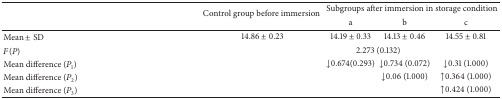
<table><thead><tr><td>[EMPTY_CELL]</td><td rowspan="2"><b>Control group before immersion </b></td><td colspan="3"><b>Subgroups after immersion in storage condition </b></td></tr><tr><td>[EMPTY_CELL]</td><td><b> a</b></td><td><b> b</b></td><td><b> c</b></td></tr></thead><tbody><tr><td>Mean ± SD</td><td>14.86 ± 0.23</td><td>14.19 ± 0.33</td><td>14.13 ± 0.46</td><td>14.55 ± 0.81</td></tr><tr><td><i>F</i>(<i>P</i>)</td><td>[EMPTY_CELL]</td><td colspan="2">2.273 (0.132)</td><td>[EMPTY_CELL]</td></tr><tr><td>Mean difference (<i>P</i><sub>1</sub>)</td><td>[EMPTY_CELL]</td><td>↓0.674(0.293)</td><td>↓0.734 (0.072)</td><td>↓0.31 (1.000)</td></tr><tr><td>Mean difference (<i>P</i><sub>2</sub>)</td><td>[EMPTY_CELL]</td><td>[EMPTY_CELL]</td><td>↓0.06 (1.000)</td><td>↑0.364 (1.000)</td></tr><tr><td>Mean difference (<i>P</i><sub>3</sub>)</td><td>[EMPTY_CELL]</td><td>[EMPTY_CELL]</td><td>[EMPTY_CELL]</td><td>↑0.424 (1.000)</td></tr></tbody></table>